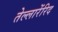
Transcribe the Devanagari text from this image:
तेल्लारेंरिद